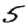
Digit: 5